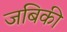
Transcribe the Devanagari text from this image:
जबिकी